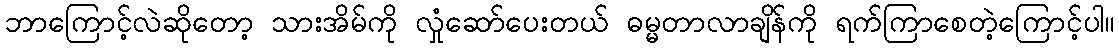
ဘာကြောင့်လဲဆိုတော့ သားအိမ်ကို လှုံဆော်ပေးတယ် ဓမ္မတာလာချိန်ကို ရက်ကြာစေတဲ့ကြောင့်ပါ။